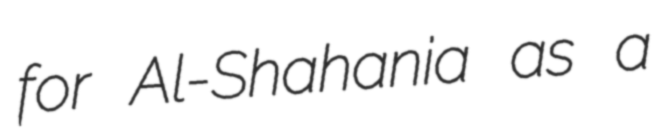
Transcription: for Al-Shahania as a